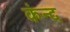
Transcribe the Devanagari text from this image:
कंन्द